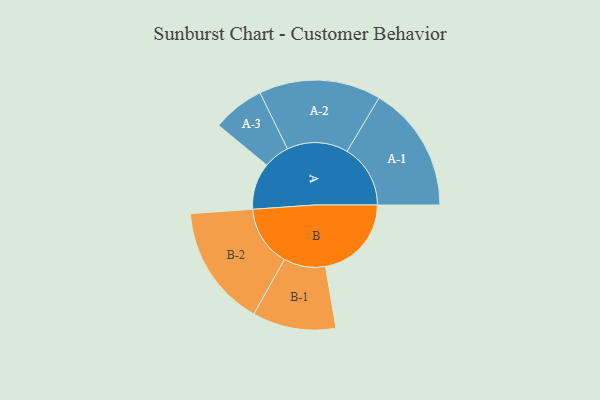
{"axis": {"x": "Segment", "y": "Value"}, "legend": ["", "A", "B"], "data": [{"x": "A", "y": 181, "type": ""}, {"x": "B", "y": 334, "type": ""}, {"x": "A-1", "y": 246, "type": "A"}, {"x": "A-2", "y": 237, "type": "A"}, {"x": "A-3", "y": 101, "type": "A"}, {"x": "B-1", "y": 162, "type": "B"}, {"x": "B-2", "y": 236, "type": "B"}]}